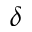
\delta